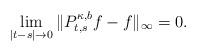
LaTeX: \begin{align*} \lim_{|t-s|\to 0}\|P^{\kappa,b}_{t,s}f-f\|_\infty=0. \end{align*}